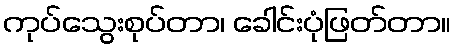
ကုပ်သွေးစုပ်တာ၊ ခေါင်းပုံဖြတ်တာ။